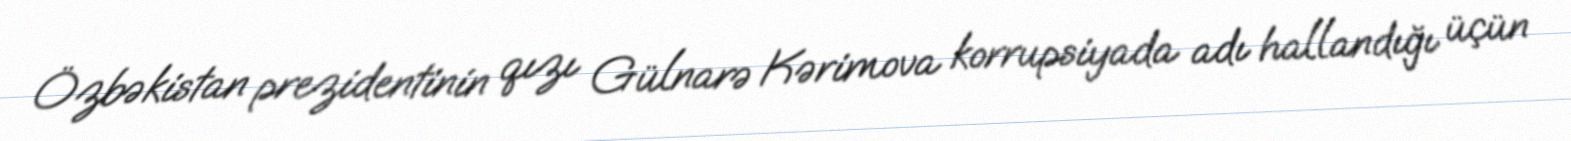
Özbəkistan prezidentinin qızı Gülnarə Kərimova korrupsiyada adı hallandığı üçün